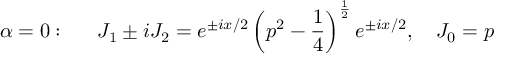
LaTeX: \alpha = 0 : \quad \, \, \, J _ { 1 } \pm i J _ { 2 } = e ^ { \pm i x / 2 } \left( p ^ { 2 } - \frac 1 4 \right) ^ { \frac 1 2 } e ^ { \pm i x / 2 } , \quad J _ { 0 } = p